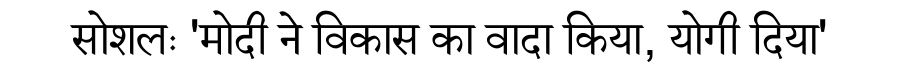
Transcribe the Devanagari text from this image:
सोशलः 'मोदी ने विकास का वादा किया, योगी दिया'